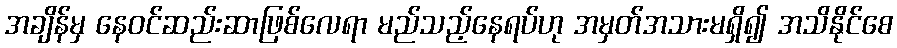
အချိန်မှ နေဝင်ဆည်းဆာဖြစ်လေရာ မည်သည့်နေရပ်ဟု အမှတ်အသားမရှိ၍ အသိနိုင်စေ